Lunatic asylums in Bengal annual reports 1888-1898 - 1888-1898
Year: 1888
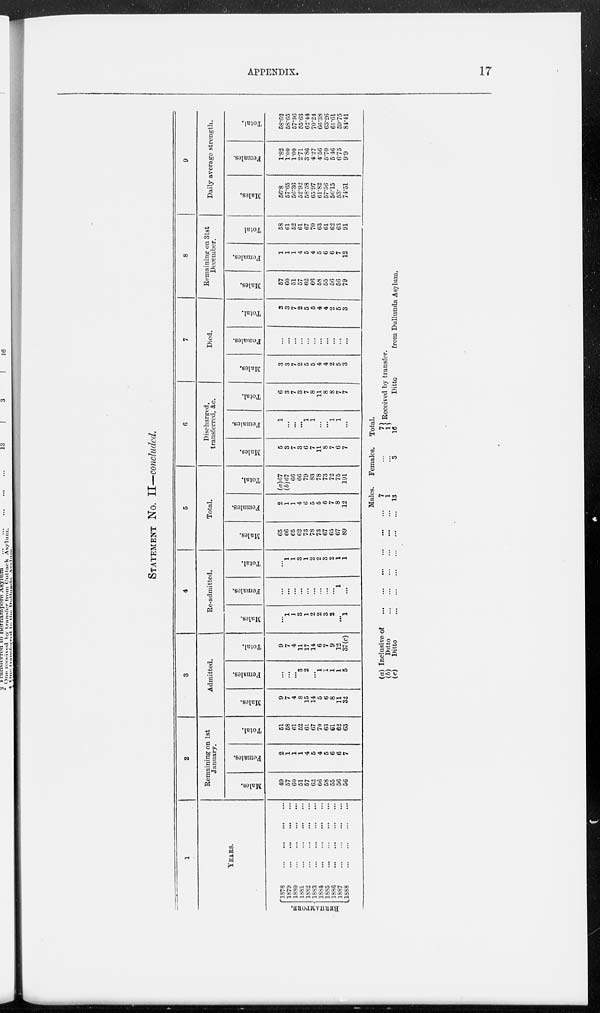
APPENDIX.
17
STATEMENT No. II—concluded.
1
YEARS.
BERHAMPORE.
1878
...
...
...
...
1879
...
...
...
...
1880
...
...
...
...
1881
...
...
...
...
1882
...
...
...
...
1883
...
...
...
...
1884
...
...
...
...
1885
...
...
...
...
1886
...
...
...
...
1887
...
...
...
...
1888
...
...
...
...
2
Remaining on 1st
January.
Males.
49
57
60
51
57
62
66
58
55
56
56
Females.
2
1
1
1
4
5
4
5
6
6
7
Total.
51
58
61
52
61
67
70
63
61
62
63
3
Admitted.
Males.
9
7
4
8
15
14
5
6
8
11
32
Females.
...
...
...
3
2
...
1
1
1
1
5
Total.
9
7
4
11
17
14
6
7
9
12
37(c)
4
Re-admitted.
Males.
...
1
1
3
1
2
2
3
2
...
1
Females.
...
...
...
...
...
...
...
...
...
1
...
Total.
...
1
1
3
1
2
2
3
2
1
1
5
Total.
Males.
65
66
65
62
73
78
73
67
65
67
89
Females.
2
1
1
4
6
5
5
6
7
8
12
Total.
(a)67
(b)67
66
66
79
83
78
73
72
75
101
6
Discharged,
transferred, &c.
Males.
5
3
7
3
6
7
11
8
7
6
7
Females.
1
...
...
...
1
1
...
...
1
1
...
Total.
6
3
7
3
7
8
11
8
8
7
7
7
Died.
Males.
3
3
7
2
5
5
4
4
2
5
3
Females.
...
...
...
...
...
...
...
...
...
...
...
Total.
3
3
7
2
5
5
4
4
2
5
3
8
Remaining on 31st
December.
Males.
57
60
51
57
62
66
58
55
50
56
79
Females.
1
1
1
4
5
4
5
6
6
7
12
Total
58
61
52
61
67
70
63
61
62
63
91
9
Daily average strength.
Males.
50.8
57.05
56.36
52.92
58.58
63.97
61.82
57.56
56.15
53.
74.51
Females.
1.82
1.00
1.00
2.71
3.80
4.27
4.56
5.70
5.10
6.75
9.9
Total.
58.62
58.65
57.36
55.63
62.44
70.24
66.38
63.26
61.61
59.75
81.41
(a) Inclusive of
...
...
...
...
...
...
(b)
Ditto
...
...
...
...
...
...
(c)
Ditto
...
...
...
...
...
...
Males.
7
1
13
Females.
...
...
3
Total
7
1
16
Received by transfer.
Ditto
from Dullunda Asylum.